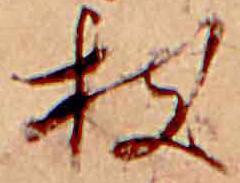
枝